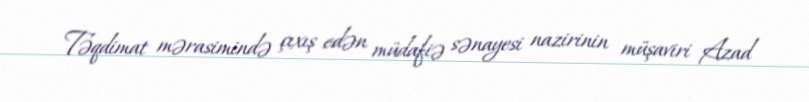
Təqdimat mərasimində çıxış edən müdafiə sənayesi nazirinin müşaviri Azad